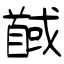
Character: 馘